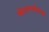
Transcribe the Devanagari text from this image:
मोटारशर्यतीची